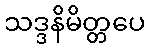
သဒ္ဒနိမိတ္တပေ